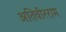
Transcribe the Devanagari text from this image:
अतिवीरराम